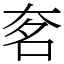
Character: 㚚